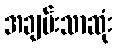
အချမ်းသာဆုံး